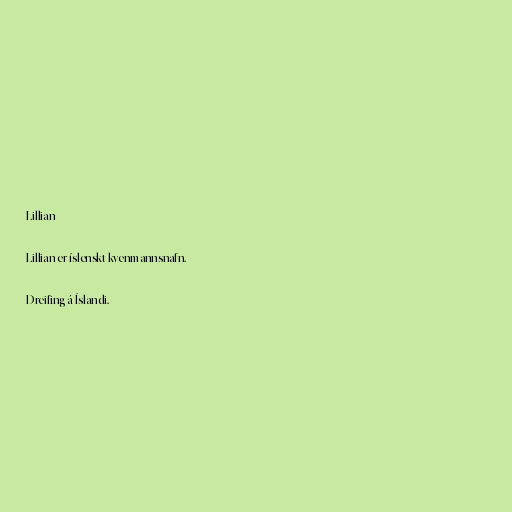
Lillian

Lillian er íslenskt kvenmannsnafn.

Dreifing á Íslandi.